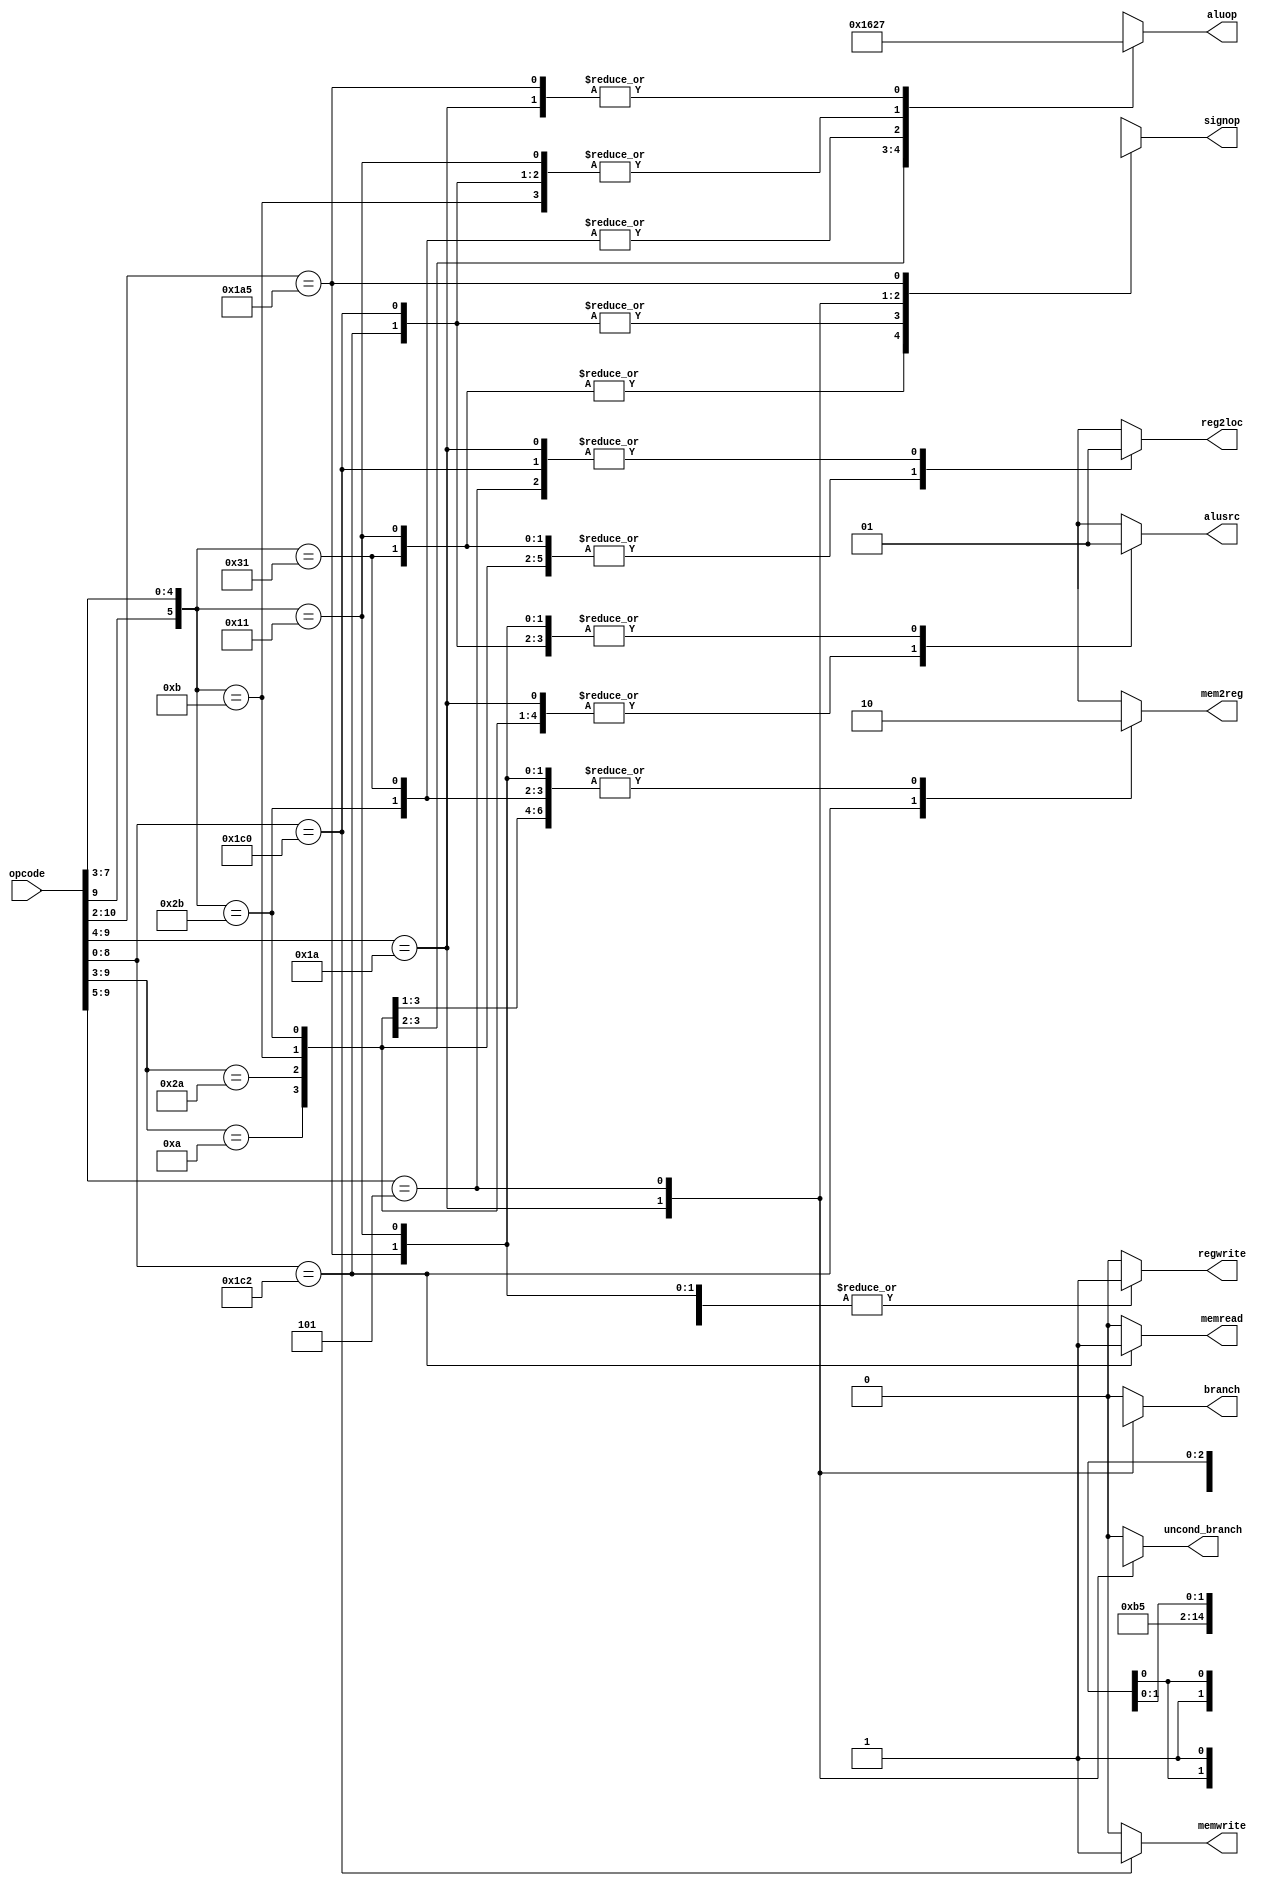
`timescale 1ns / 1ps

`define OPCODE_ANDREG 11'b?0001010???
`define OPCODE_ORRREG 11'b?0101010???
`define OPCODE_ADDREG 11'b?0?01011???
`define OPCODE_SUBREG 11'b?1?01011???

`define OPCODE_ADDIMM 11'b?0?10001???
`define OPCODE_SUBIMM 11'b?1?10001???

`define OPCODE_MOVZ   11'b110100101??

`define OPCODE_B      11'b?00101?????
`define OPCODE_CBZ    11'b?011010????

`define OPCODE_LDUR   11'b??111000010
`define OPCODE_STUR   11'b??111000000

module control(
    output reg reg2loc,
    output reg alusrc,
    output reg mem2reg,
    output reg regwrite,
    output reg memread,
    output reg memwrite,
    output reg branch,
    output reg uncond_branch,
    output reg [3:0] aluop,
    output reg [2:0] signop,
    input [10:0] opcode
);

always @(*)
begin
    casez (opcode)
    
      `OPCODE_ANDREG: //AND Registers
        begin
            reg2loc       <= 1'b0;
            alusrc        <= 1'b0;
            mem2reg       <= 1'b0;
            regwrite      <= 1'b1;
            memread       <= 1'b0;
            memwrite      <= 1'b0;
            branch        <= 1'b0;
            uncond_branch <= 1'b0;
            aluop         <= 4'b0000;
            signop        <= 3'bxxx;
        end
      
      `OPCODE_ORRREG: //OR Registers
        begin
            reg2loc       <= 1'b0;
            alusrc        <= 1'b0;
            mem2reg       <= 1'b0;
            regwrite      <= 1'b1;
            memread       <= 1'b0;
            memwrite      <= 1'b0;
            branch        <= 1'b0;
            uncond_branch <= 1'b0;
            aluop         <= 4'b0001;
            signop        <= 3'bxxx;
        end
      
      `OPCODE_ADDREG://ADD Registers
        begin
            reg2loc       <= 1'b0;
            alusrc        <= 1'b0;
            mem2reg       <= 1'b0;
            regwrite      <= 1'b1;
            memread       <= 1'b0;
            memwrite      <= 1'b0;
            branch        <= 1'b0;
            uncond_branch <= 1'b0;
            aluop         <= 4'b0010;
            signop        <= 3'bxxx;
        end
      
      `OPCODE_SUBREG: //SUBTRACT Registers
        begin
            reg2loc       <= 1'b0;
            alusrc        <= 1'b0;
            mem2reg       <= 1'b0;
            regwrite      <= 1'b1;
            memread       <= 1'b0;
            memwrite      <= 1'b0;
            branch        <= 1'b0;
            uncond_branch <= 1'b0;
            aluop         <= 4'b0110;
            signop        <= 3'bxxx;
        end
      
      `OPCODE_ADDIMM: //ADD Immediate
        begin
            reg2loc       <= 1'b0;
            alusrc        <= 1'b1;
            mem2reg       <= 1'b0;
            regwrite      <= 1'b1;
            memread       <= 1'b0;
            memwrite      <= 1'b0;
            branch        <= 1'b0;
            uncond_branch <= 1'b0;
            aluop         <= 4'b0010;
            signop        <= 3'b000;
        end
      
      `OPCODE_SUBIMM://SUBTRACT Immediate
        begin
            reg2loc       <= 1'b0;
            alusrc        <= 1'b1;
            mem2reg       <= 1'b0;
            regwrite      <= 1'b1;
            memread       <= 1'b0;
            memwrite      <= 1'b0;
            branch        <= 1'b0;
            uncond_branch <= 1'b0;
            aluop         <= 4'b0110;
            signop        <= 3'b000;
        end

      `OPCODE_LDUR: //LDUR
        begin
            reg2loc       <= 1'bx;
            alusrc        <= 1'b1;
            mem2reg       <= 1'b1;
            regwrite      <= 1'b1;
            memread       <= 1'b1;
            memwrite      <= 1'b0;
            branch        <= 1'b0;
            uncond_branch <= 1'b0;
            aluop         <= 4'b0010;
            signop        <= 3'b001;
        end
      
      `OPCODE_STUR: //STUR
        begin
            reg2loc       <= 1'b1;
            alusrc        <= 1'b1;
            mem2reg       <= 1'bx;
            regwrite      <= 1'b0;
            memread       <= 1'b0;
            memwrite      <= 1'b1;
            branch        <= 1'b0;
            uncond_branch <= 1'b0;
            aluop         <= 4'b0010;
            signop        <= 3'b001;
        end
      
      `OPCODE_CBZ: //CBZ
        begin
            reg2loc       <= 1'b1;
            alusrc        <= 1'b0;
            mem2reg       <= 1'bx;
            regwrite      <= 1'b0;
            memread       <= 1'b0;
            memwrite      <= 1'b0;
            branch        <= 1'b1;
            uncond_branch <= 1'bx;
            aluop         <= 4'b0111;
            signop        <= 3'b011;
        end
      
      `OPCODE_B: //B
        begin
            reg2loc       <= 1'b1;
            alusrc        <= 1'bx;
            mem2reg       <= 1'bx;
            regwrite      <= 1'b0;
            memread       <= 1'b0;
            memwrite      <= 1'b0;
            branch        <= 1'bx;
            uncond_branch <= 1'b1;
            aluop         <= 4'bxxxx;
            signop        <= 3'b010;
        end

        `OPCODE_MOVZ: //MOVZ 
        begin
            reg2loc       <= 1'bx;
            alusrc        <= 1'b1; //ALU BusB input will be the SignExtender
            mem2reg       <= 1'b0;
            regwrite      <= 1'b1;
            memread       <= 1'b0;
            memwrite      <= 1'b0;
            branch        <= 1'b0;
            uncond_branch <= 1'b0;
            aluop         <= 4'b0111; //pass input b (BusB) (b would be the SignExtender)
            signop        <= 3'b1xx;
        end

      default:
        begin
            reg2loc       <= 1'bx;
            alusrc        <= 1'bx;
            mem2reg       <= 1'bx;
            regwrite      <= 1'b0;
            memread       <= 1'b0;
            memwrite      <= 1'b0;
            branch        <= 1'b0;
            uncond_branch <= 1'b0;
            aluop         <= 4'bxxxx;
            signop        <= 3'bxxx;
        end
    endcase
end

endmodule